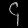
Digit: ၄